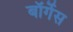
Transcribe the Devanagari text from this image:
बॉर्गेस